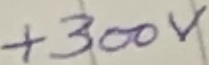
Text: +300V